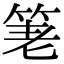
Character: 𥭯